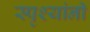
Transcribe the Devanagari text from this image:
स्पृश्यांनी